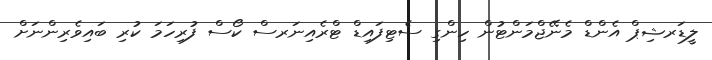
ލީޑަރޝިޕް އެންޑް މެނޭޖްމަންޓުން ހިންގި ސެޓިފައިޑް ޓްރެއިނަރސް ކޯސް ފުރިހަމަ ކުރި ބައިވެރިންނަށް